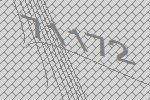
71172